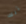
تلك